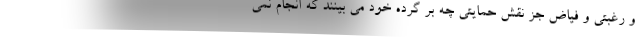
و رغبتی و فیاض جز نقش حمایتی چه بر گرده خود می بینند که انجام نمی